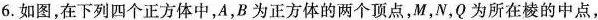
6.如图，在下列四个正方体中，A，B为正方体的两个顶点，M，N，Q为所在棱的中点，